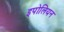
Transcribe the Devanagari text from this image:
इपोलियन